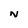
Character: N